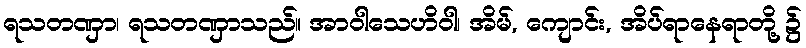
ရသတဏှာ၊ ရသတဏှာသည်။ အာဝါသေဟိဝါ၊ အိမ်, ကျောင်း, အိပ်ရာနေရာတို့ ၌